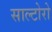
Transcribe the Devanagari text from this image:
साल्टोरो